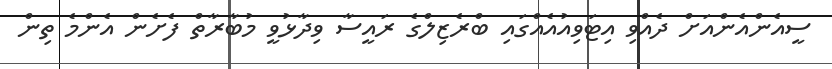
ސީއެންއެންއަށް ދެއްވި އިޓަވިއުއެއްގައި ބްރެޒިލްގެ ރައީސާ ވިދާޅުވީ މުބާރާތް ފެށެން އެންމެ ތިން